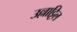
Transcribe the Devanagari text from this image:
उल्लाट्टिल